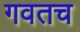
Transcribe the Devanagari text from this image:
गवतच